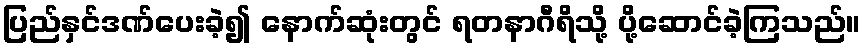
ပြည်နှင်ဒဏ်ပေးခဲ့၍ နောက်ဆုံးတွင် ရတနာဂီရိသို့ ပို့ဆောင်ခဲ့ကြသည်။